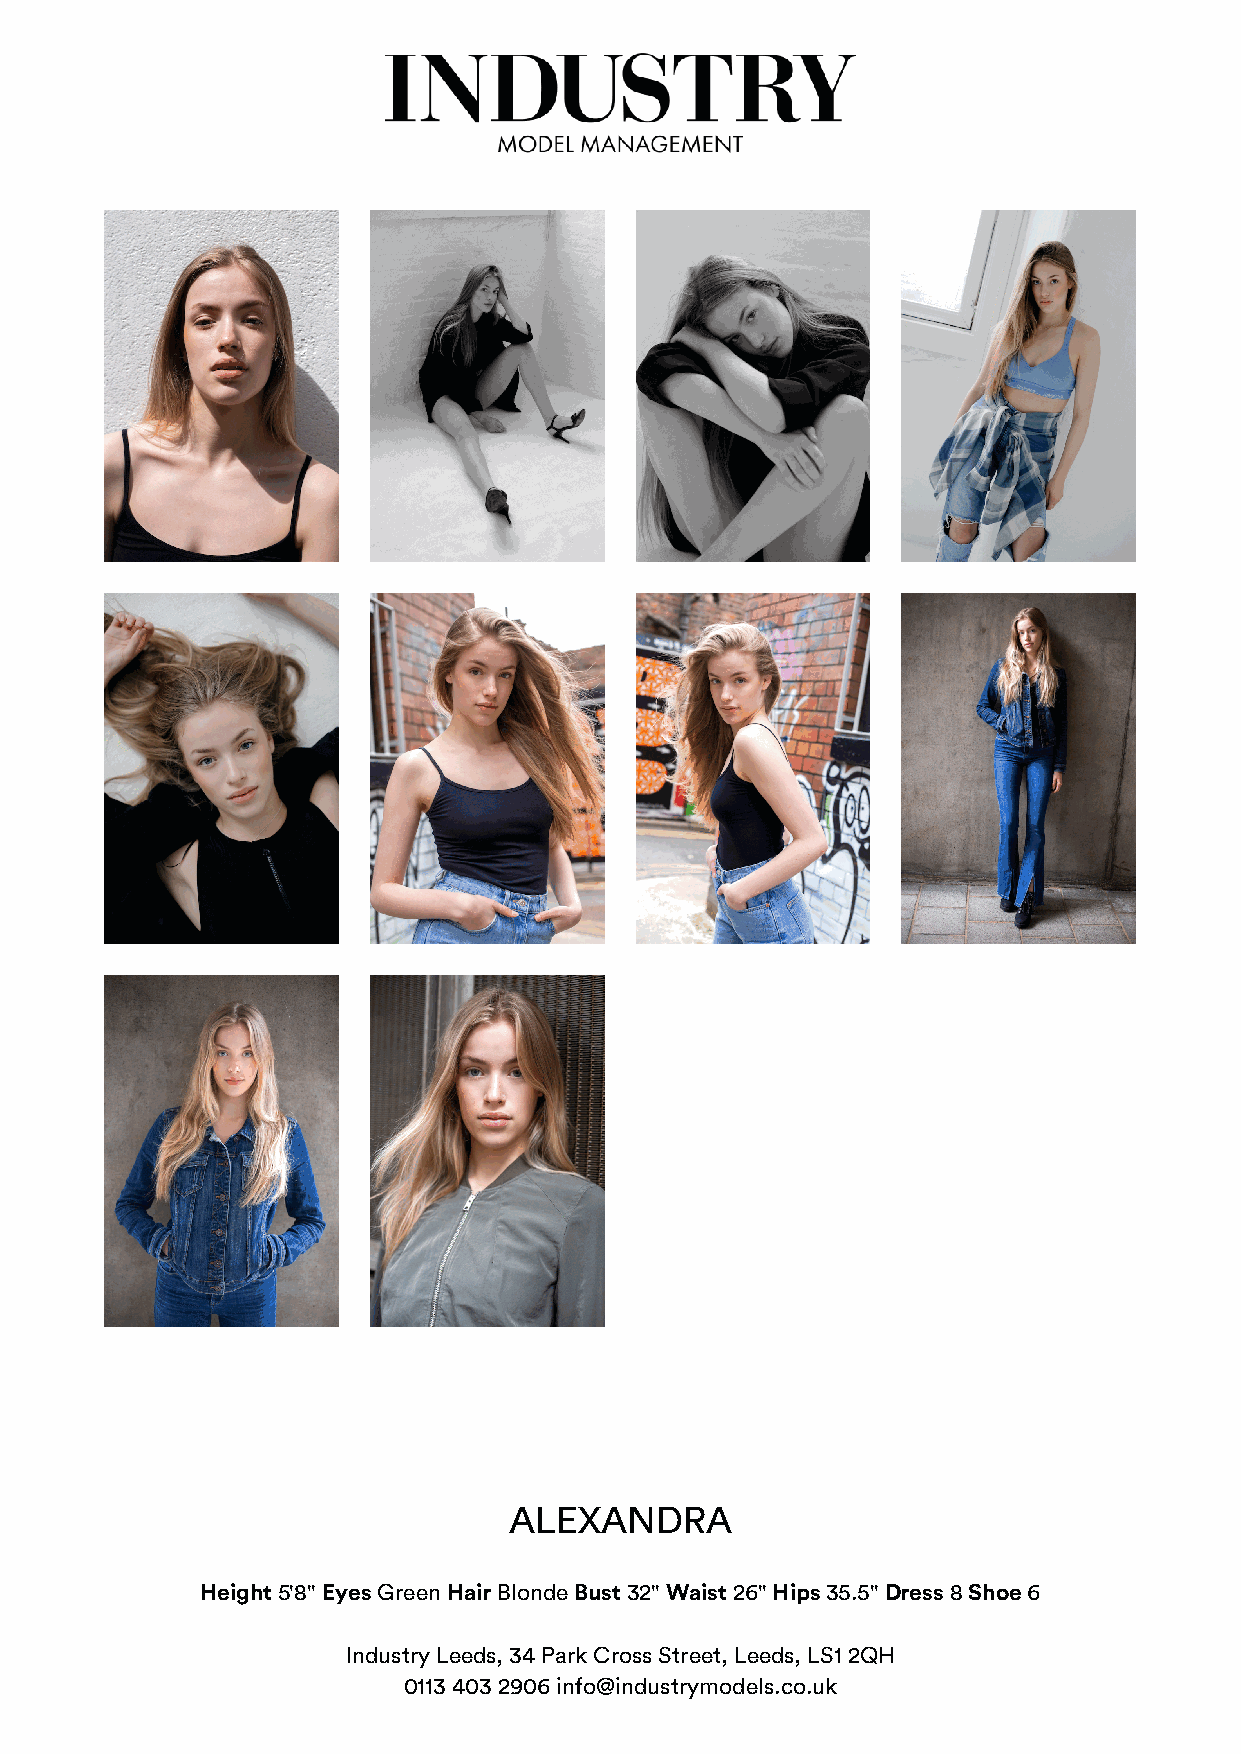
ALEXANDRA
 Height 5'8" Eyes Green Hair Blonde Bust 32" Waist 26" Hips 35.5" Dress 8 Shoe 6
 Industry Leeds, 34 Park Cross Street, Leeds, LS1 2QH
 0113 403 2906 info@industrymodels.co.uk